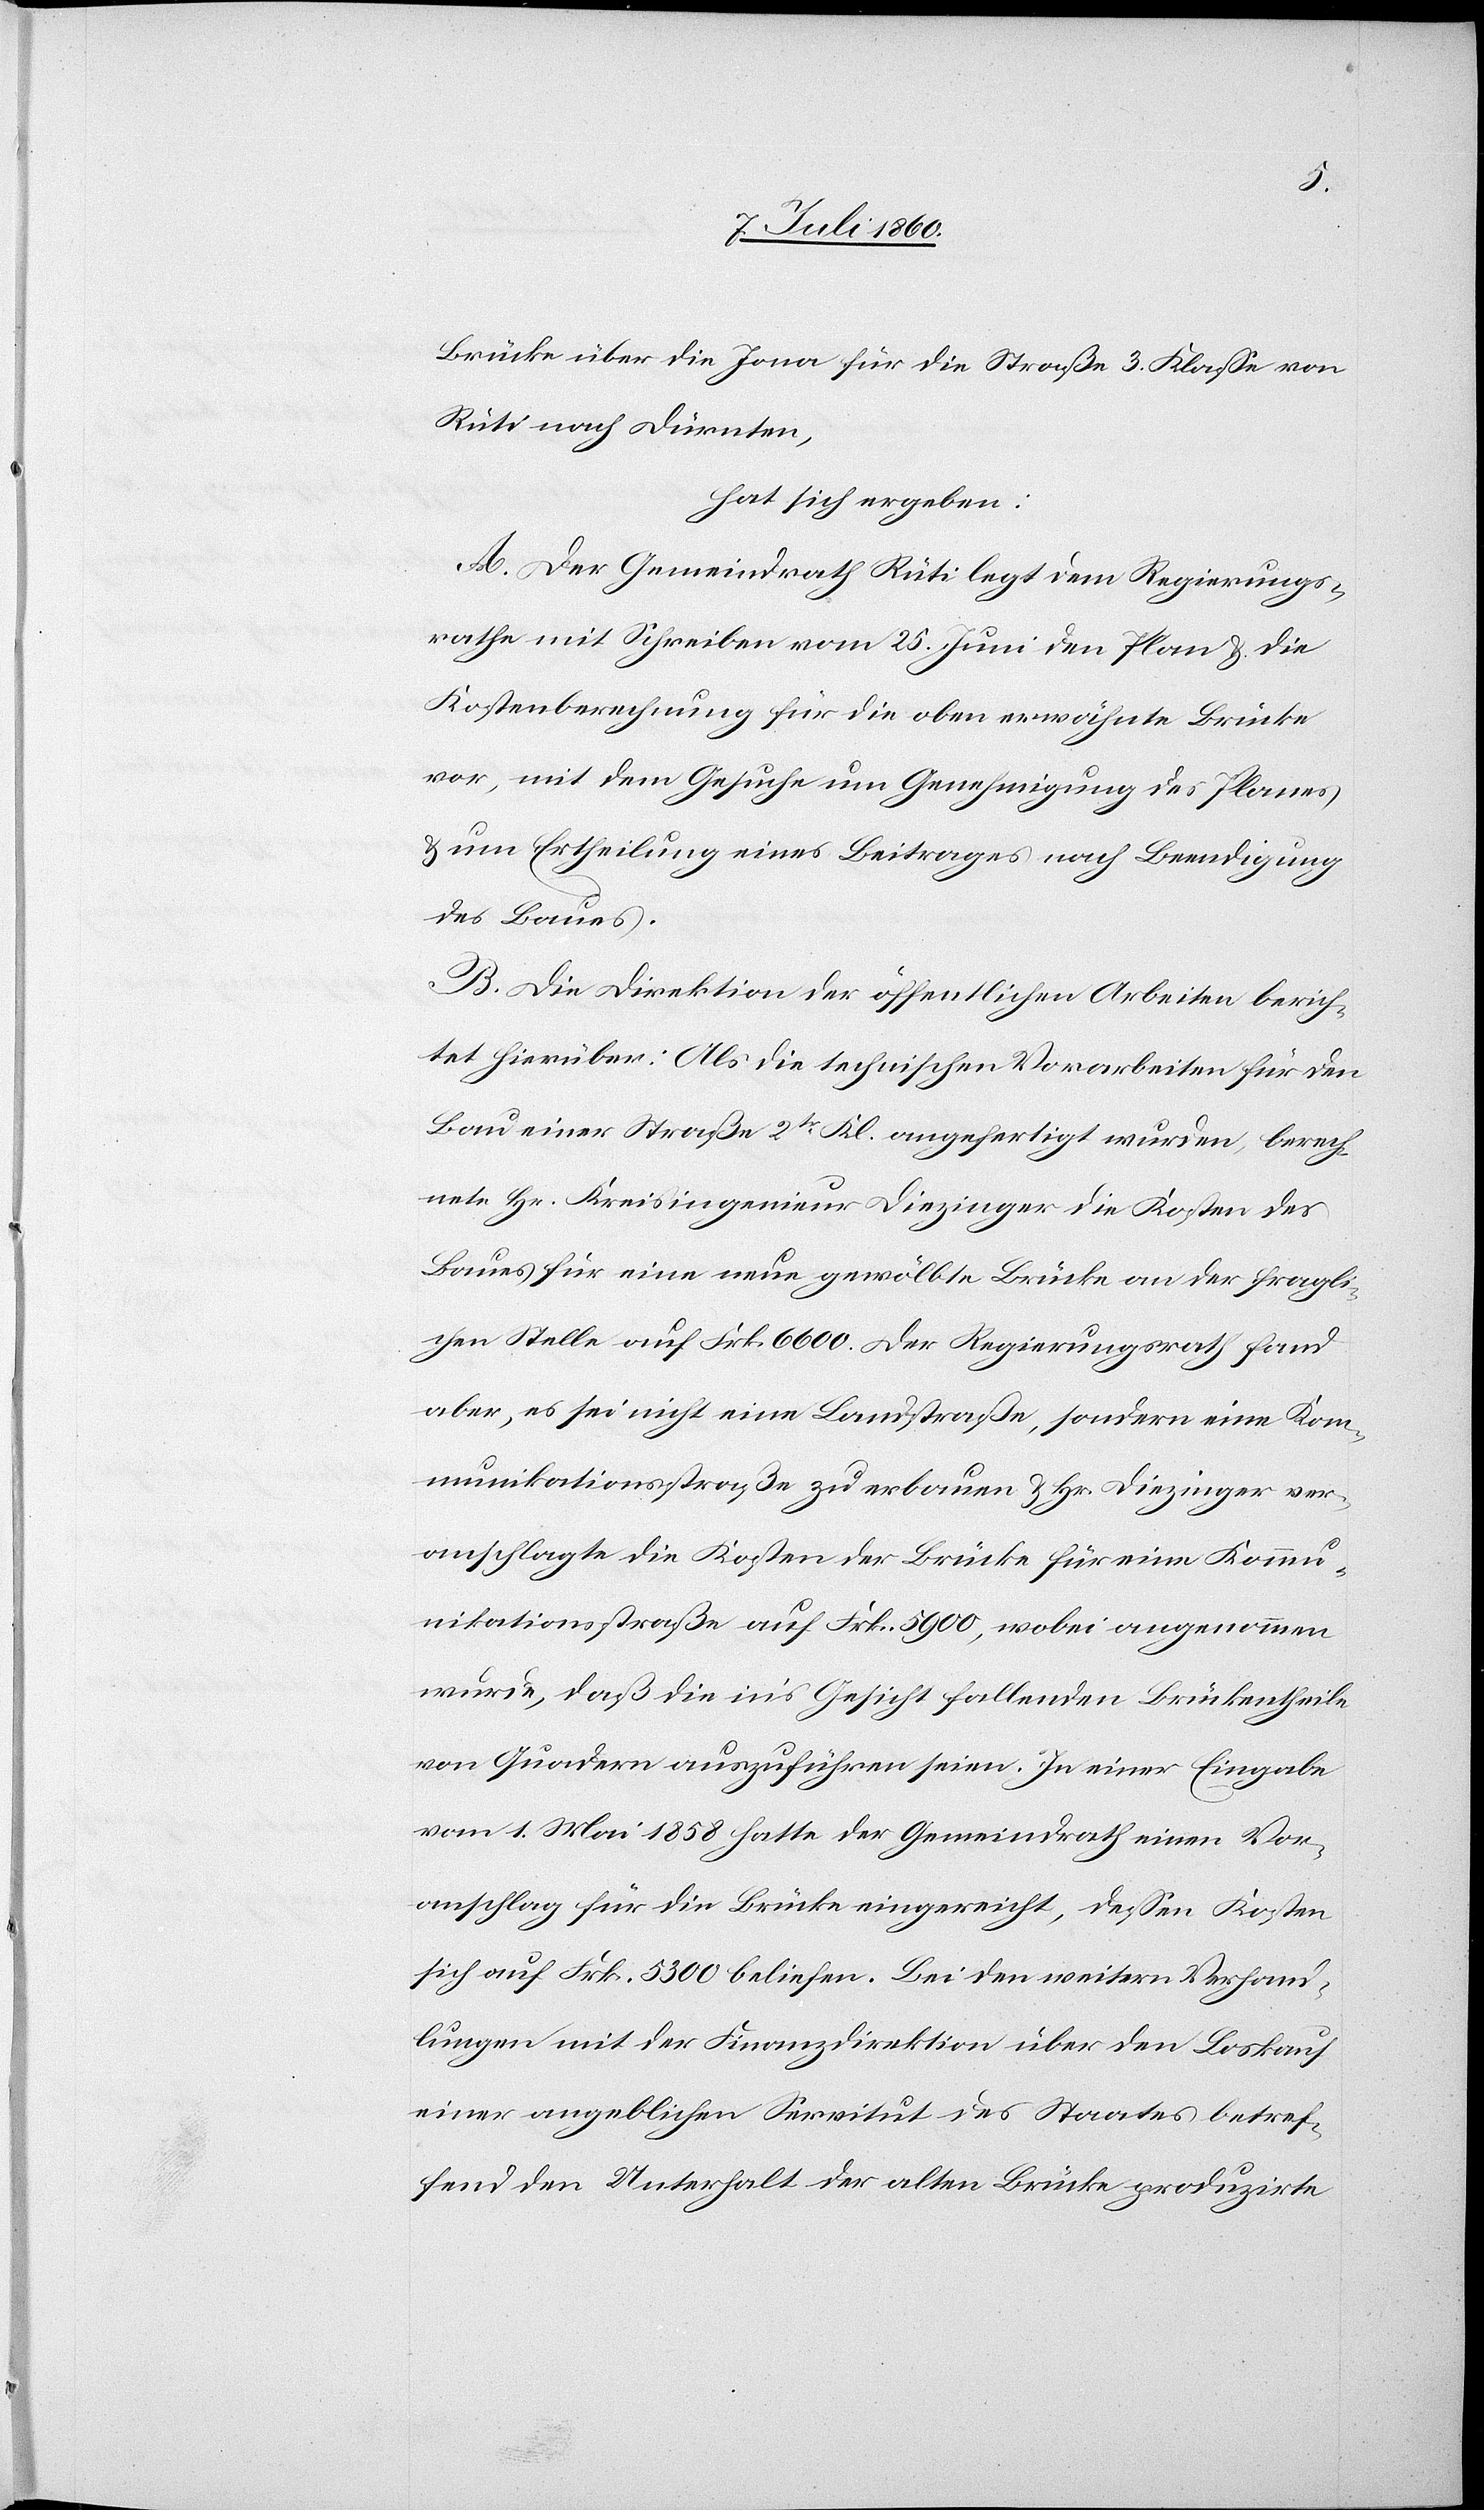
Brücke über die Jona für die Straße 3. Klasse von
Rüti nach Dürnten,
hat sich ergeben:
A. Der Gemeindrath Rüti legt dem Regierungs¬
rathe mit Schreiben vom 25. Juni den Plan & die
Kostenberechnung für die oben erwähnte Brücke
vor, mit dem Gesuche um Genehmigung des Planes
& um Ertheilung eines Beitrages nach Beendigung
des Baues.
B. Die Direktion der öffentlichen Arbeiten berich¬
tet hierüber: Als die technischen Vorarbeiten für den
Bau einer Strasse 2tr Kl. angefertigt wurden, berech¬
nete Hr. Kreisingenieur Diezinger die Kosten des
Baues für eine neue gewölbte Brücke an der fragli¬
chen Stelle auf Frk. 6600. Der Regierungsrath fand
aber, es sei nicht eine Landstraße, sondern eine Kom¬
munikationsstraße zu erbauen & Hr. Diezinger ver¬
anschlagte die Kosten der Brücke für eine Kommu¬
nikationsstraße auf Frk. 5900, wobei angenommen
wurde, daß die ins Gesicht fallenden Brückentheile
von Quadern auszuführen seien. In einer Eingabe
vom 1. Mai 1858 hatte der Gemeindrath einen Vor¬
anschlag für die Brücke eingereicht, dessen Kosten
sich auf Frk. 5300 beliefen. Bei den weitern Verhand¬
lungen mit der Finanzdirektion über den Loskauf
einer angeblichen Servitut des Staates betref¬
fend den Unterhalt der alten Brücke produzirte